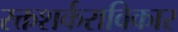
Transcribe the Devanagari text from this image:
रक्तशर्कराविकार